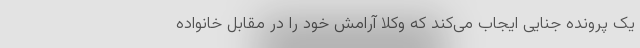
یک پرونده جنایی ایجاب می‌کند که وکلا آرامش خود را در مقابل خانواده